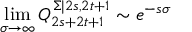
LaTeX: \quad \operatorname * { l i m } _ { \sigma \rightarrow \infty } Q _ { 2 s + 2 t + 1 } ^ { \Sigma | 2 s , 2 t + 1 } \sim e ^ { - s \sigma }